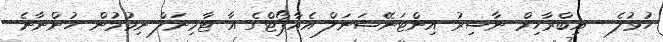
ހުޅުލެ - އިބްރާހިމް ނާސިރު އިންޓަނޭޝަނަލް އެއާޕޯޓްގެ އާ ޓާމިނަލް ނިމުމުން ހުންނާނެ